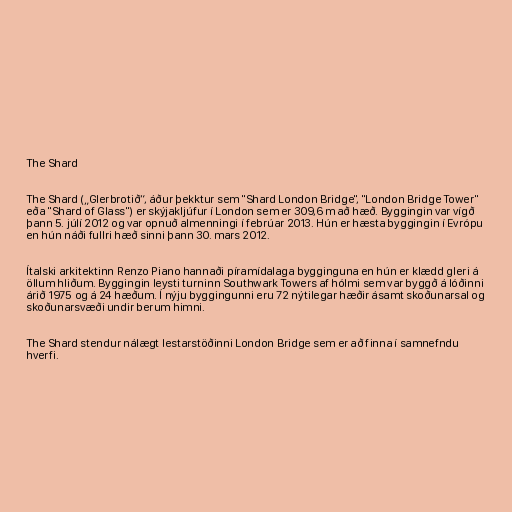
The Shard

The Shard („Glerbrotið“, áður þekktur sem "Shard London Bridge", "London Bridge Tower"
eða "Shard of Glass") er skýjakljúfur í London sem er 309,6 m að hæð. Byggingin var vígð
þann 5. júlí 2012 og var opnuð almenningi í febrúar 2013. Hún er hæsta byggingin í Evrópu
en hún náði fullri hæð sinni þann 30. mars 2012.

Ítalski arkitektinn Renzo Piano hannaði píramídalaga bygginguna en hún er klædd gleri á
öllum hliðum. Byggingin leysti turninn Southwark Towers af hólmi sem var byggð á lóðinni
árið 1975 og á 24 hæðum. Í nýju byggingunni eru 72 nýtilegar hæðir ásamt skoðunarsal og
skoðunarsvæði undir berum himni.

The Shard stendur nálægt lestarstöðinni London Bridge sem er að finna í samnefndu
hverfi.